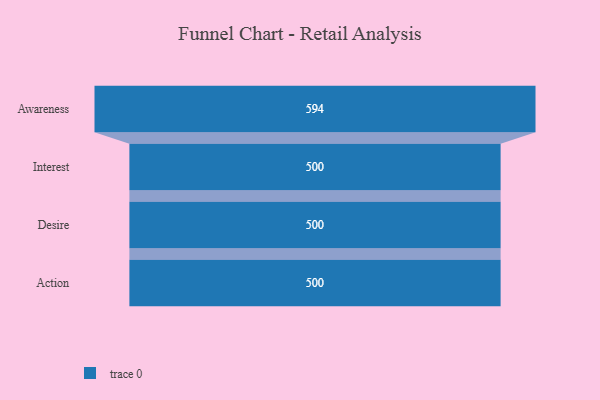
{"axis": {"x": "Stage", "y": "Value"}, "legend": [""], "data": [{"x": "Awareness", "y": 594.0, "type": ""}, {"x": "Interest", "y": 500, "type": ""}, {"x": "Desire", "y": 500, "type": ""}, {"x": "Action", "y": 500, "type": ""}]}